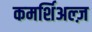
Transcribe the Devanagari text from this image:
कमर्शिअल्ज़